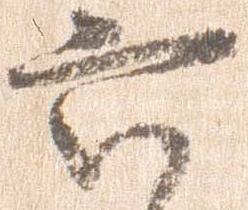
六